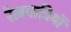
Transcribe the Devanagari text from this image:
रेलयात्रियों